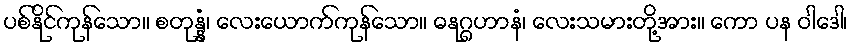
ပစ်နိုင်ကုန်သော။ စတုန္နံ၊ လေးယောက်ကုန်သော။ ဓနုဂ္ဂဟာနံ၊ လေးသမားတို့အား။ ကော ပန ဝါဒေါ၊